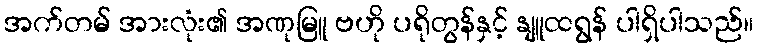
အက်တမ် အားလုံး၏ အဏုမြူ ဗဟို ပရိုတွန်နှင့် နျူထရွန် ပါရှိပါသည်။